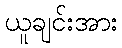
ယူချင်းအား